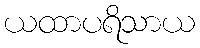
ယထာပရိသာယ